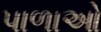
પાળાઓ